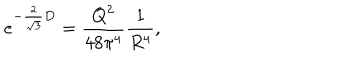
e ^ { - { \frac { 2 } { \sqrt 3 } } D } = { \frac { Q ^ { 2 } } { 4 8 \pi ^ { 4 } } } { \frac { 1 } { R ^ { 4 } } } ,